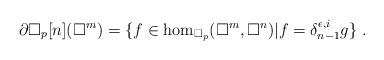
LaTeX: \begin{align*} \partial \square_p[n] (\square^m) = \{ f\in \hom_{\square_p} (\square^m , \square^n) | f=\delta_{n-1}^{\epsilon,i} g\}\ . \end{align*}